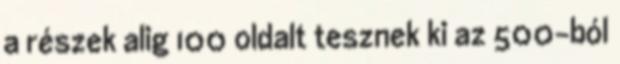
a részek alig 100 oldalt tesznek ki az 500-ból